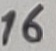
Text: 16